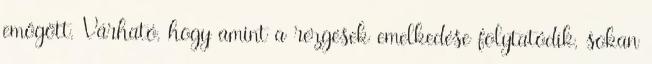
emögött. Várható, hogy amint a rezgések emelkedése folytatódik, sokan